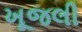
ખૂજલી